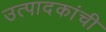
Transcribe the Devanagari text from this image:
उत्पादकांची